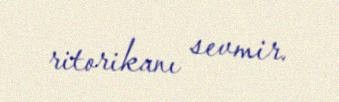
ritorikanı sevmir.